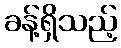
ခန့်ရှိသည့်